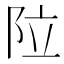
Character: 𮤽